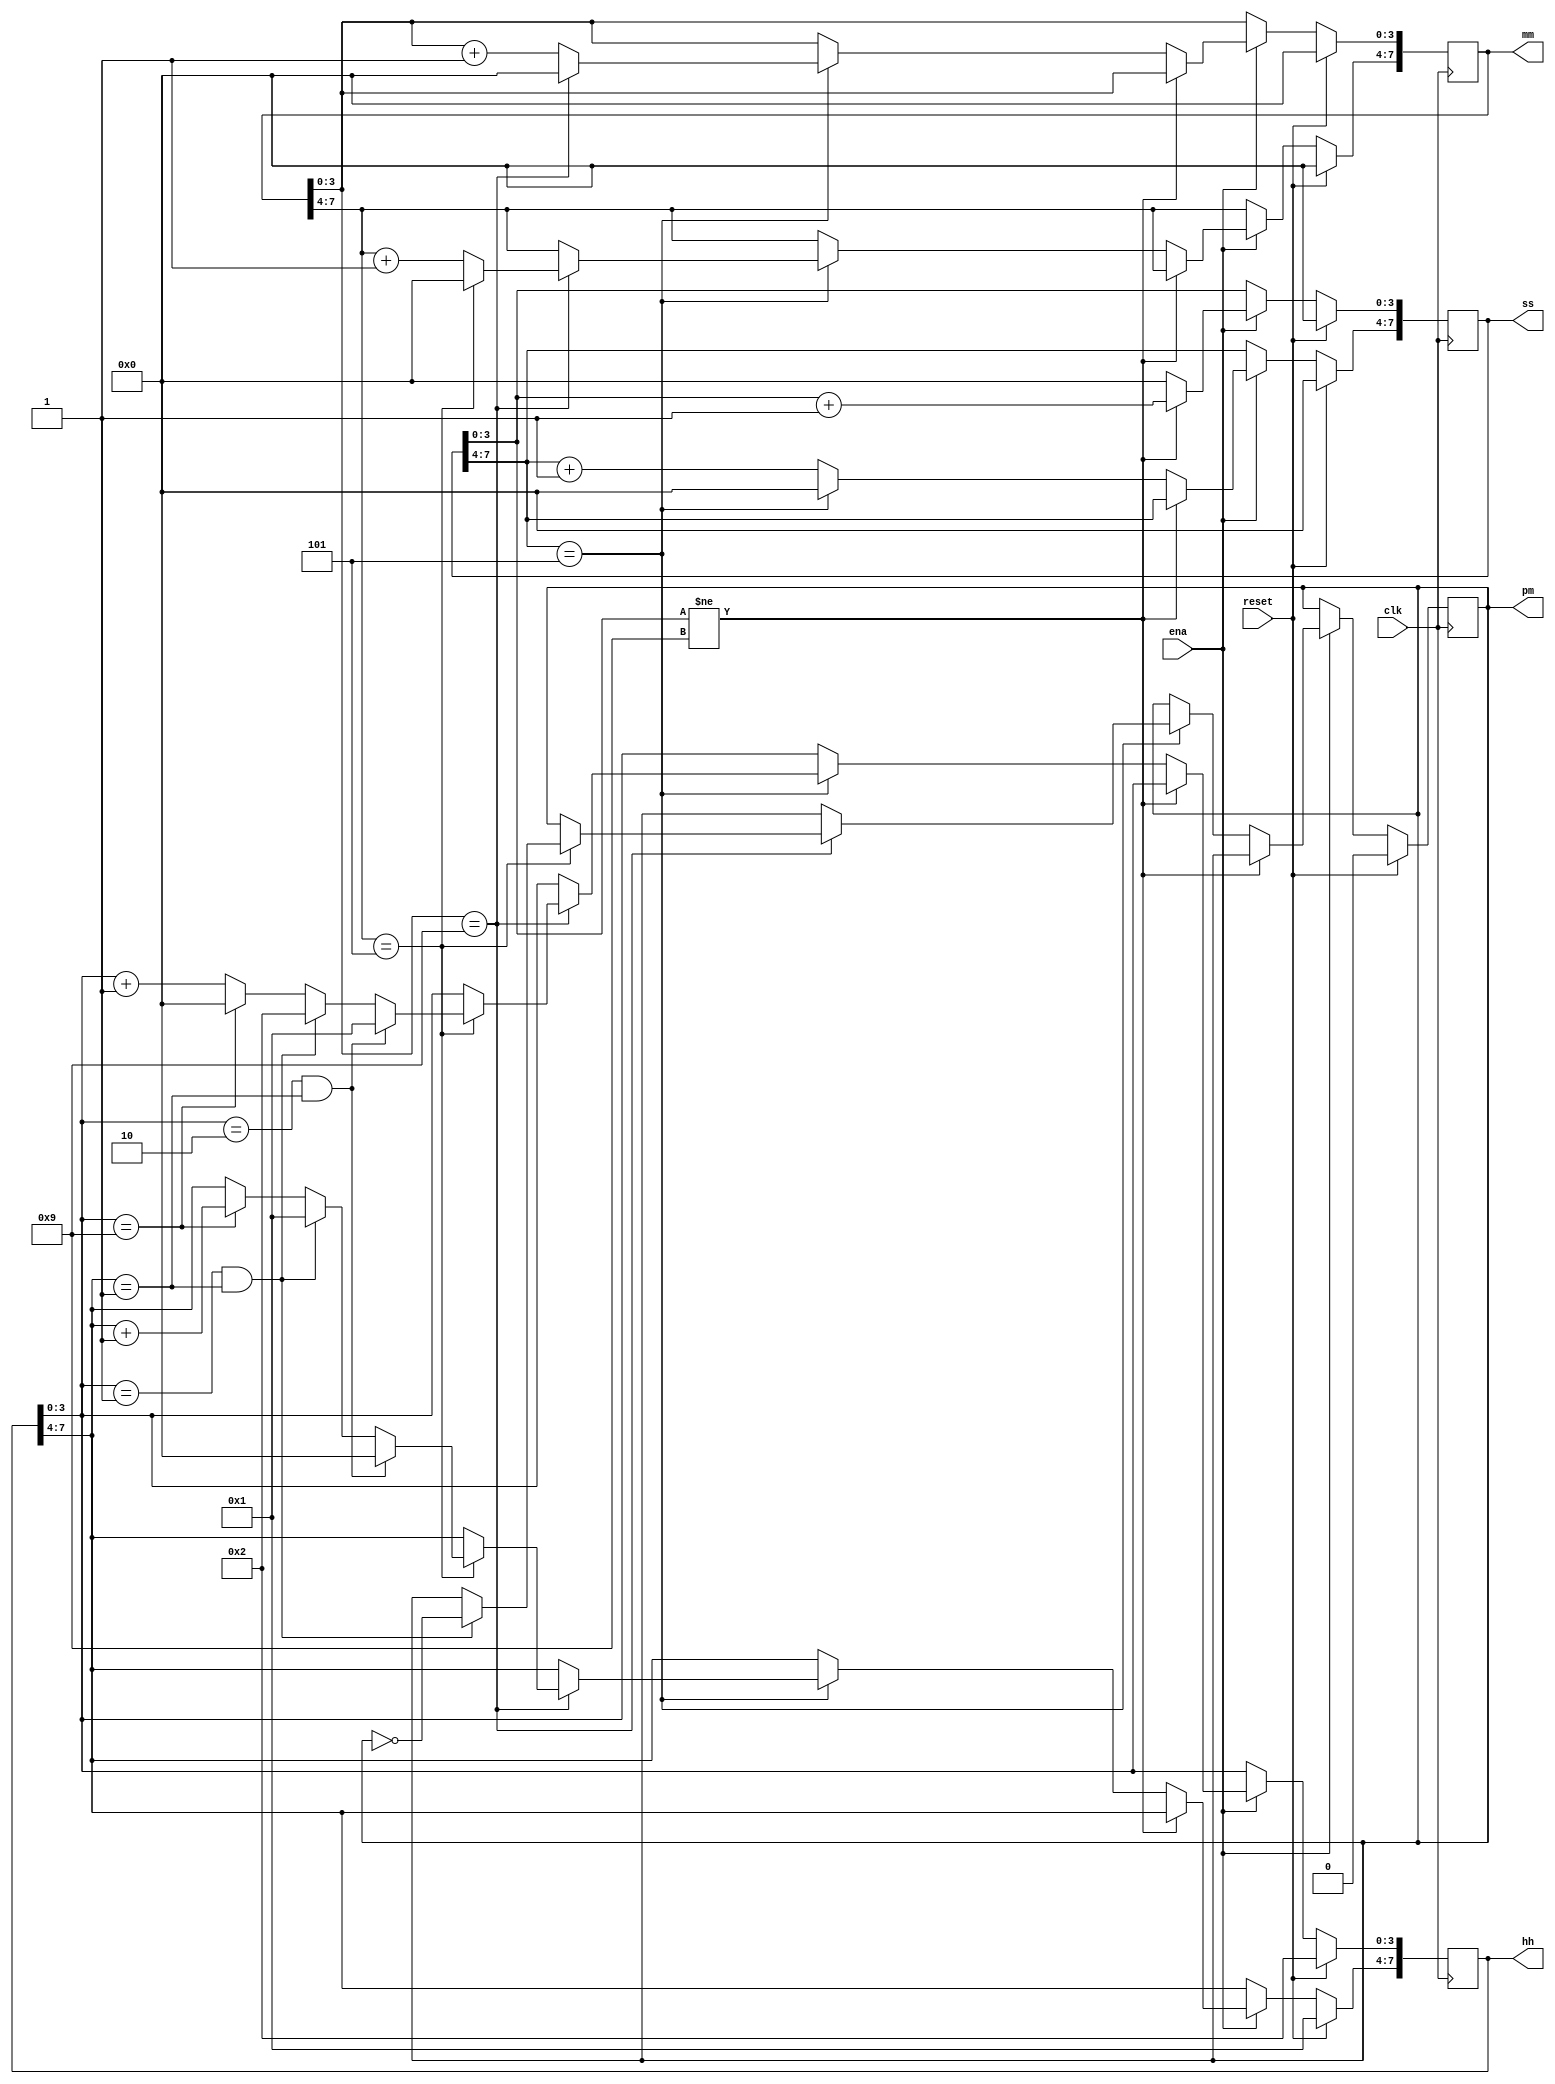
module top_module(
    input clk,
    input reset,
    input ena,
    output pm,
    output [7:0] hh,
    output [7:0] mm,
    output [7:0] ss); 
    always@(posedge clk)
        begin
            if(reset) begin hh[3:0]<=4'd2;hh[7:4]<=4'd1; mm<=8'h00; ss<=8'h00; pm<=1'b0; end
            else if(ena)
                begin
                    if(ss[3:0] != 4'd9) ss[3:0]<=ss[3:0]+4'd1;
                    else
                        begin
                            ss[3:0]<=4'd0;
                            ss[7:4]<=ss[7:4]+4'd1;
                            if(ss[7:4]== 4'd5) 
                                begin
                                    ss[7:4]<=4'd0;
                                    mm[3:0]<=mm[3:0]+4'd1;
                                    if(mm[3:0] == 4'd9)
                                        begin
                                            mm[3:0]<=4'd0;
                                            mm[7:4]<=mm[7:4]+4'd1;
                                            if(mm[7:4] == 4'd5)
                                                begin
                                                    mm[7:4]<=4'd0;
                                                    hh[3:0]<=hh[3:0]+4'd1;
                                                    if(hh[3:0] == 4'd9)
                                                        begin
                                                            hh[3:0]<=4'd0;
                                                            hh[7:4]<=hh[7:4]+4'd1;
                                                        end
                                                    if(hh[3:0] == 4'd1 && hh[7:4]==4'd1)
                                                        begin
                                                            pm<=~pm;
                                                            hh[3:0]<=4'd2;
                                                            hh[7:4]<=4'd1;
                                                        end
                                                    if(hh[3:0] == 4'd2 && hh[7:4]==4'd1)
                                                        begin
                                                            hh[3:0]<=4'd1;
                                                            hh[7:4]<=4'd0;
                                                        end
                                                end
                                        end
                                end
                        end
                end
        end
endmodule